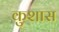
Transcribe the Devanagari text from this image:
कुशास